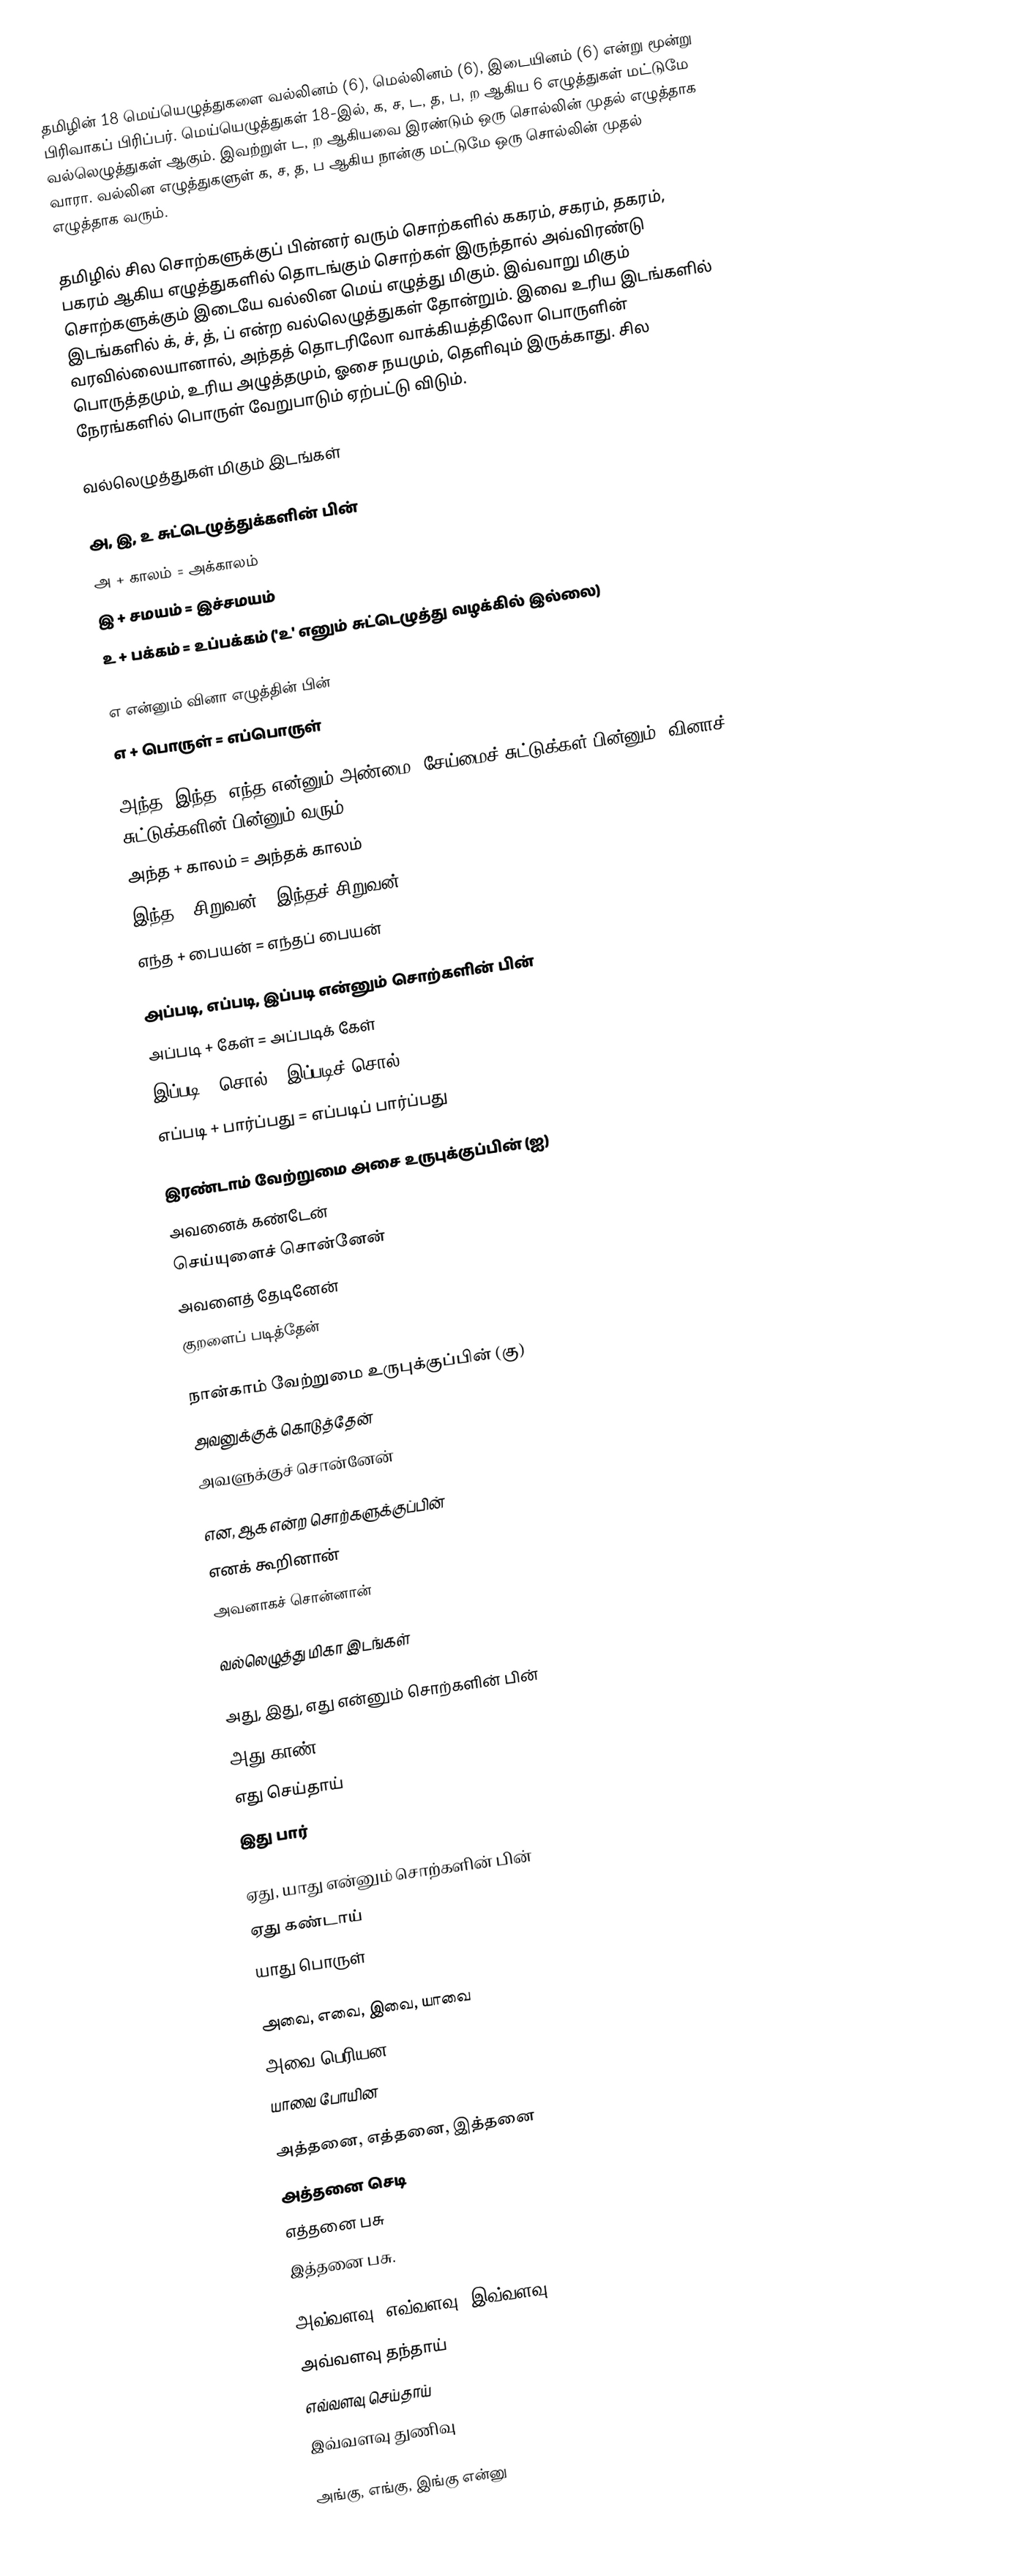
தமிழின் 18 மெய்யெழுத்துகளை வல்லினம் (6), மெல்லினம் (6), இடையினம் (6) என்று மூன்று பிரிவாகப் பிரிப்பர்.  மெய்யெழுத்துகள் 18-இல், க, ச, ட, த, ப, ற ஆகிய 6 எழுத்துகள் மட்டுமே வல்லெழுத்துகள் ஆகும்.  இவற்றுள் ட, ற ஆகியவை இரண்டும் ஒரு சொல்லின் முதல் எழுத்தாக வாரா.  வல்லின எழுத்துகளுள் க, ச, த, ப  ஆகிய நான்கு மட்டுமே ஒரு சொல்லின் முதல் எழுத்தாக வரும்.

தமிழில் சில சொற்களுக்குப் பின்னர் வரும் சொற்களில் ககரம், சகரம், தகரம், பகரம் ஆகிய எழுத்துகளில் தொடங்கும் சொற்கள் இருந்தால் அவ்விரண்டு சொற்களுக்கும் இடையே வல்லின மெய் எழுத்து மிகும்.  இவ்வாறு மிகும் இடங்களில் க், ச், த், ப் என்ற வல்லெழுத்துகள் தோன்றும்.  இவை உரிய இடங்களில் வரவில்லையானால், அந்தத் தொடரிலோ வாக்கியத்திலோ பொருளின் பொருத்தமும், உரிய அழுத்தமும், ஓசை நயமும், தெளிவும் இருக்காது. சில நேரங்களில் பொருள் வேறுபாடும் ஏற்பட்டு விடும்.

வல்லெழுத்துகள் மிகும் இடங்கள்

அ, இ, உ சுட்டெழுத்துக்களின் பின்
 அ + காலம் = அக்காலம்
 இ + சமயம் = இச்சமயம்
 உ + பக்கம் = உப்பக்கம் ('உ' எனும் சுட்டெழுத்து வழக்கில் இல்லை)

எ என்னும் வினா எழுத்தின் பின்
 எ + பொருள் = எப்பொருள்

அந்த, இந்த, எந்த என்னும் அண்மை, சேய்மைச் சுட்டுக்கள் பின்னும் ,வினாச் சுட்டுக்களின் பின்னும் வரும்
 அந்த + காலம் = அந்தக் காலம்
 இந்த + சிறுவன் = இந்தச் சிறுவன்
 எந்த + பையன் = எந்தப் பையன்

அப்படி, எப்படி, இப்படி என்னும் சொற்களின் பின்
 அப்படி + கேள் = அப்படிக் கேள்
 இப்படி + சொல் = இப்படிச் சொல்
 எப்படி + பார்ப்பது = எப்படிப் பார்ப்பது

இரண்டாம் வேற்றுமை அசை உருபுக்குப்பின் (ஐ)
 அவனைக் கண்டேன்
 செய்யுளைச் சொன்னேன்
 அவளைத் தேடினேன்
 குறளைப் படித்தேன்

நான்காம் வேற்றுமை உருபுக்குப்பின் (கு)
 அவனுக்குக் கொடுத்தேன்
 அவளுக்குச் சொன்னேன்

என, ஆக என்ற சொற்களுக்குப்பின்
 எனக் கூறினான்
 அவனாகச் சொன்னான்

வல்லெழுத்து மிகா இடங்கள்

அது, இது, எது என்னும் சொற்களின் பின்
 அது காண்
 எது செய்தாய்
 இது பார்

ஏது, யாது என்னும் சொற்களின் பின்
 ஏது கண்டாய்
 யாது பொருள்

அவை, எவை, இவை, யாவை
 அவை பெரியன
 யாவை போயின

அத்தனை, எத்தனை, இத்தனை
 அத்தனை செடி
 எத்தனை பசு
 இத்தனை பசு.

அவ்வளவு, எவ்வளவு, இவ்வளவு
 அவ்வளவு தந்தாய்
 எவ்வளவு செய்தாய்
 இவ்வளவு துணிவு

அங்கு, எங்கு, இங்கு என்னு